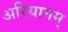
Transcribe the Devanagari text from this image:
अरियानम्